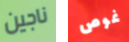
ناجين غوص